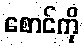
စောင်ကို